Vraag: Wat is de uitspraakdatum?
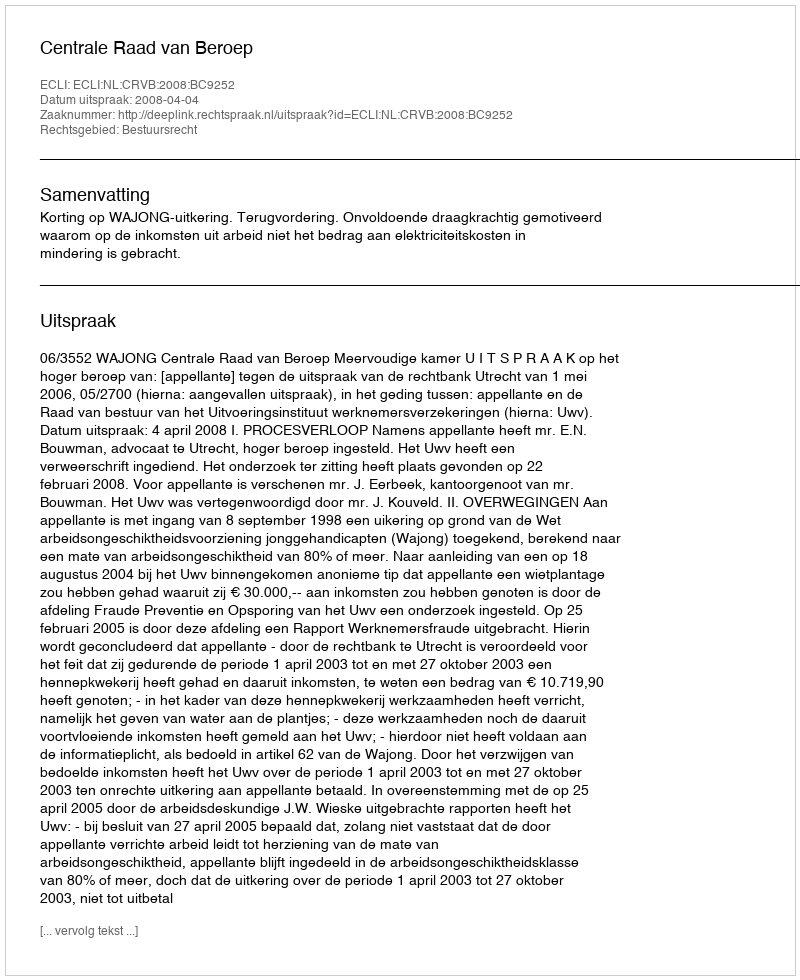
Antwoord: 2008-04-04